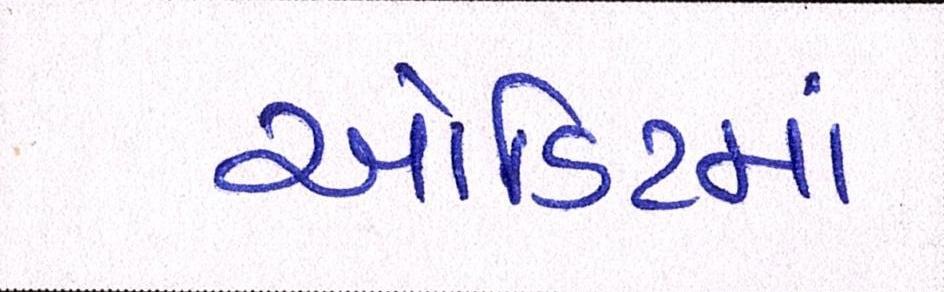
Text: ઓડિટમાં